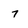
Character: 7